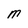
Character: M